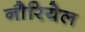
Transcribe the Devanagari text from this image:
नौरियेल